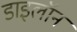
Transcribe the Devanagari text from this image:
डाइलॉन